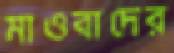
মাওবাদের